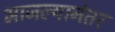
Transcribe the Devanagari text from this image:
भाजल्यानंतर